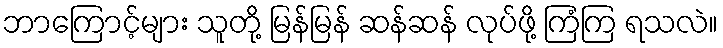
ဘာကြောင့်များ သူတို့ မြန်မြန် ဆန်ဆန် လုပ်ဖို့ ကြံကြ ရသလဲ။